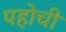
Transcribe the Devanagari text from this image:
पहोची